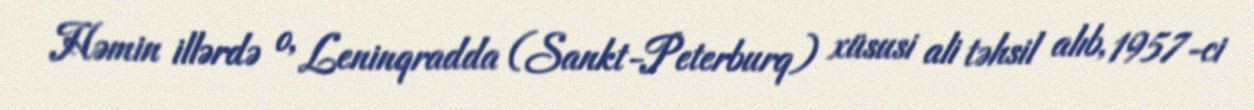
Həmin illərdə o, Leninqradda (Sankt-Peterburq) xüsusi ali təhsil alıb, 1957-ci